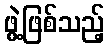
ဖွဲ့ဖြစ်သည့်